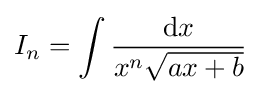
I_{n}=\int {\frac {{\text{d}}x}{x^{n}{\sqrt {ax+b}}}}\,\!